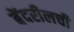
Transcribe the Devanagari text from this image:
बेंदरीलची